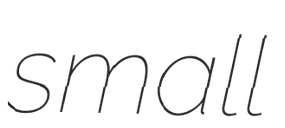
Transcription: small